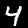
Label: 4